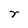
Character: r